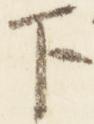
下